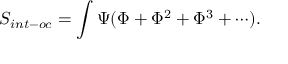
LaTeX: S _ { i n t - o c } = \int \Psi ( \Phi + \Phi ^ { 2 } + \Phi ^ { 3 } + \cdots ) .